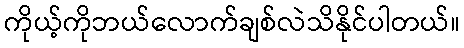
ကိုယ့်ကိုဘယ်လောက်ချစ်လဲသိနိုင်ပါတယ်။